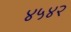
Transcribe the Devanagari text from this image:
४५४२